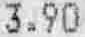
3.90